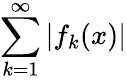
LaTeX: \sum_{k=1}^{\infty}|f_{k}(x)|